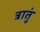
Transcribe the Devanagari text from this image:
त्रातुं